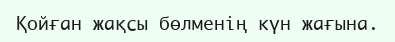
Қойған жақсы бөлменің күн жағына.